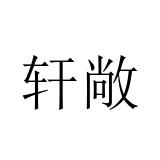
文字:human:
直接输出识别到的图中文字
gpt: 轩敞